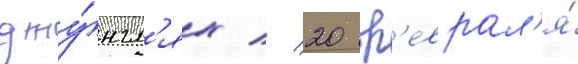
джу́нгл'ях // 20 ф'еврал'я́